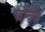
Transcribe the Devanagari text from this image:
फींचेंस